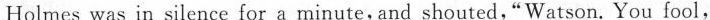
Holmes was in silence for a minute, and shouted,"Watson.You fool,